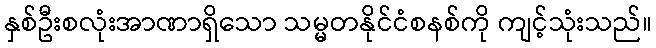
နှစ်ဦးစလုံးအာဏာရှိသော သမ္မတနိုင်ငံစနစ်ကို ကျင့်သုံးသည်။